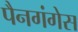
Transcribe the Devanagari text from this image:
पैनगंगेस